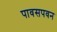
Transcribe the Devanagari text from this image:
पावसपवन